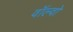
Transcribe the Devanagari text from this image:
वॉल्‍वो